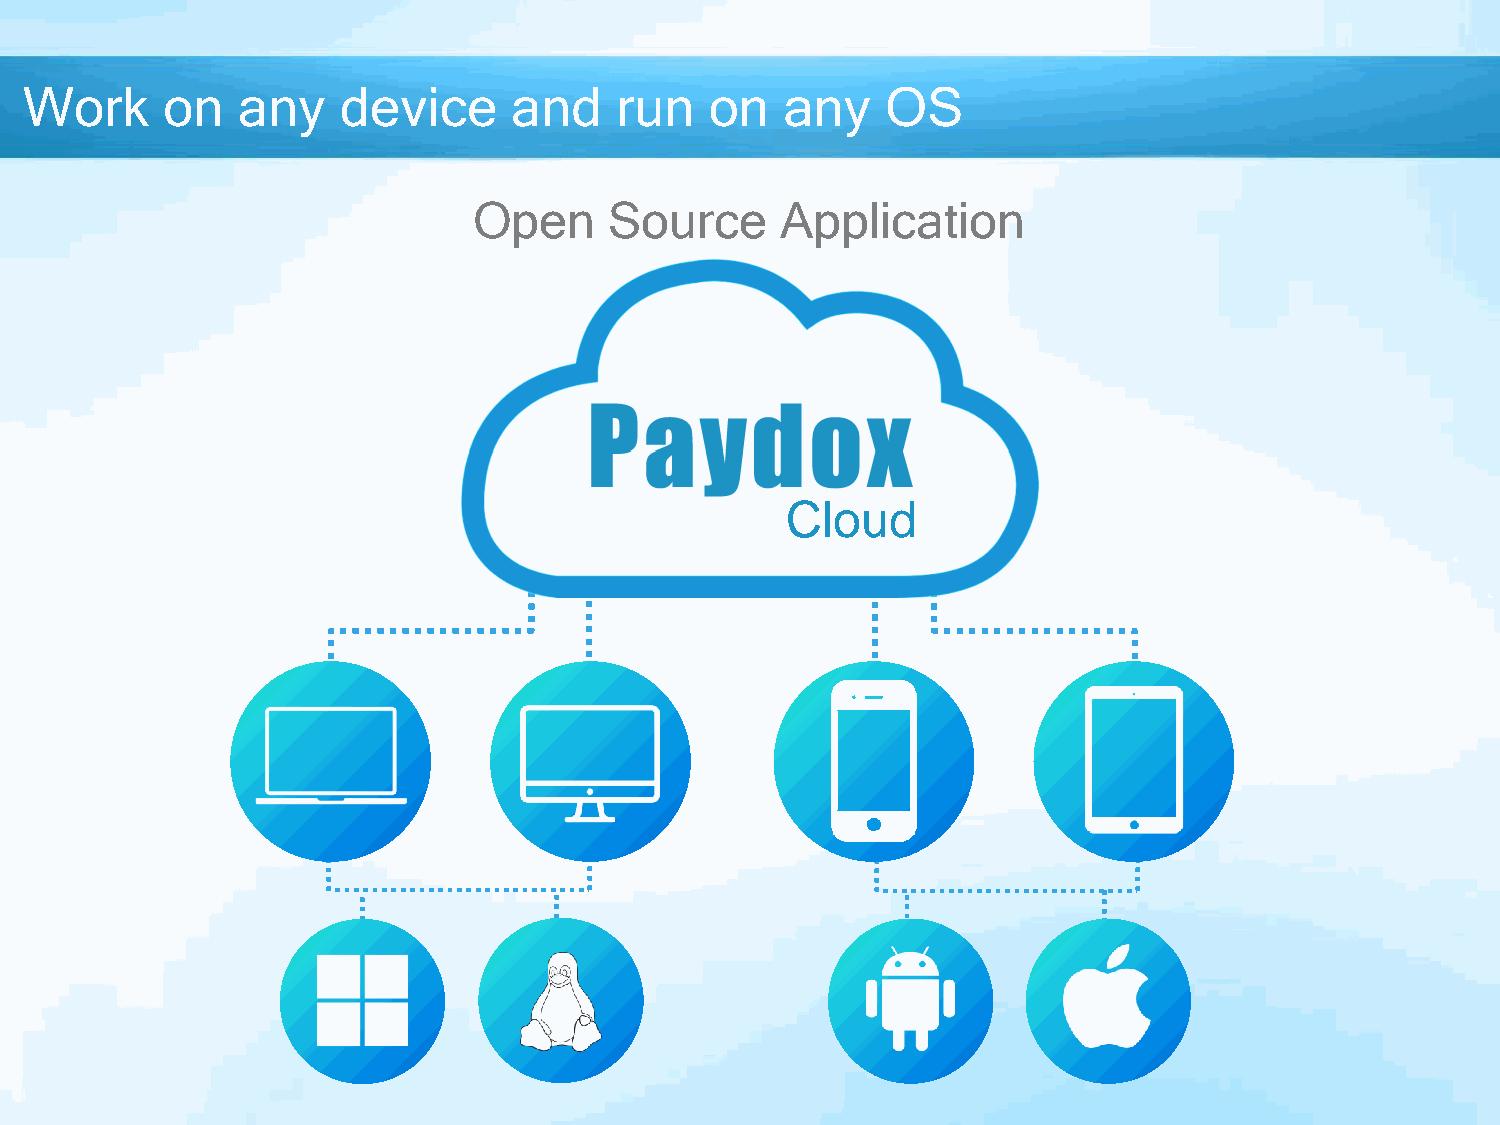
Work     on   any    device     and    run   on   any    OS
 Open     Source      Application
 Cloud